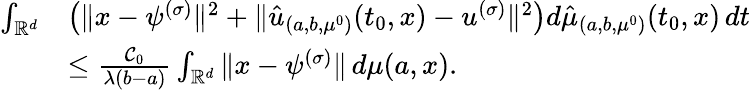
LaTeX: \begin{array}{rl}{\int_{\mathbb{R}^{d}}}&{\left(\| x-\psi^{(\sigma)}\| ^{2}+\| \hat{u}_{(a,b,\mu^{0})}(t_{0},x)-u^{(\sigma)}\| ^{2}\right)d\hat{\mu}_{(a,b,\mu^{0})}(t_{0},x)\, dt}\\ &{\leq\frac{\mathcal C_{0}}{\lambda(b-a)}\int_{\mathbb{R}^{d}}\| x-\psi^{(\sigma)}\| \, d\mu(a,x).}\end{array}